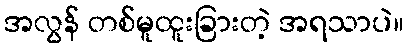
အလွန် တစ်မူထူးခြားတဲ့ အရသာပဲ။